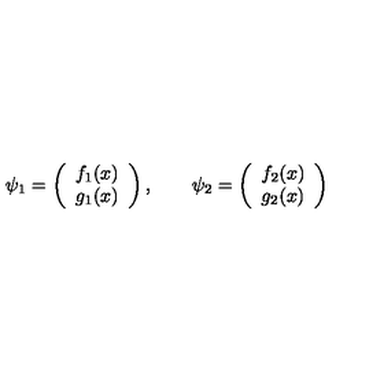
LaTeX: \psi _ { 1 } = \left( \begin{array} { c } { f _ { 1 } ( x ) } \\ { g _ { 1 } ( x ) } \\ \end{array} \right) , \qquad \psi _ { 2 } = \left( \begin{array} { c } { f _ { 2 } ( x ) } \\ { g _ { 2 } ( x ) } \\ \end{array} \right)